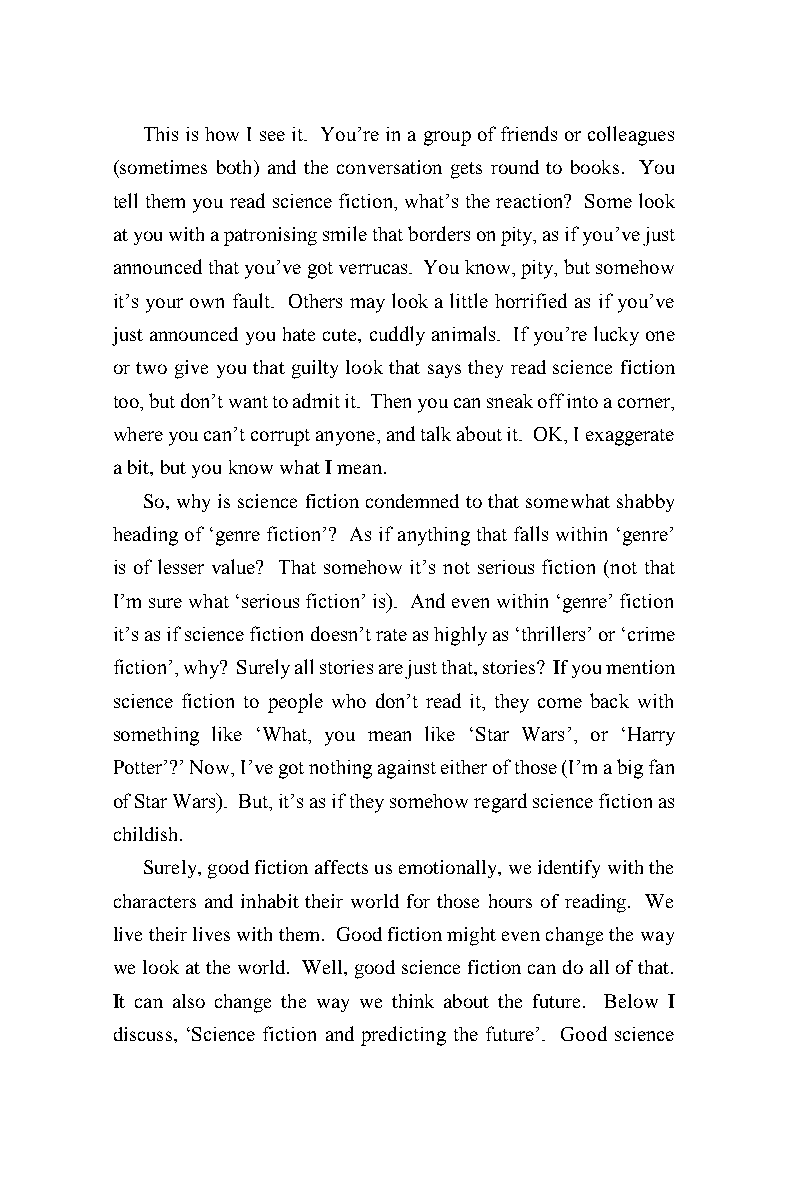
This is how I see it. You’re in a group of friends or colleagues
 (sometimes both) and the conversation gets round to books. You
 tell them you read science fiction, what’s the reaction? Some look
 at you with a patronising smile that borders on pity, as if you’ve just
 announced that you’ve got verrucas. You know, pity, but somehow
 it’s your own fault. Others may look a little horrified as if you’ve
 just announced you hate cute, cuddly animals. If you’re lucky one
 or two give you that guilty look that says they read science fiction
 too, but don’t want to admit it. Then you can sneak off into a corner,
 where you can’t corrupt anyone, and talk about it. OK, I exaggerate
 a bit, but you know what I mean.
 So, why is science fiction condemned to that somewhat shabby
 heading of ‘genre fiction’? As if anything that falls within ‘genre’
 is of lesser value? That somehow it’s not serious fiction (not that
 I’m sure what ‘serious fiction’ is). And even within ‘genre’ fiction
 it’s as if science fiction doesn’t rate as highly as ‘thrillers’ or ‘crime
 fiction’, why? Surely all stories are just that, stories? If you mention
 science fiction to people who don’t read it, they come back with
 something like ‘What, you mean like ‘Star Wars’, or ‘Harry
 Potter’?’ Now, I’ve got nothing against either of those (I’m a big fan
 of Star Wars). But, it’s as if they somehow regard science fiction as
 childish.
 Surely, good fiction affects us emotionally, we identify with the
 characters and inhabit their world for those hours of reading. We
 live their lives with them. Good fiction might even change the way
 we look at the world. Well, good science fiction can do all of that.
 It can also change the way we think about the future. Below I
 discuss, ‘Science fiction and predicting the future’. Good science